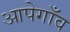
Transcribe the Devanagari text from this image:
आपेगाँव